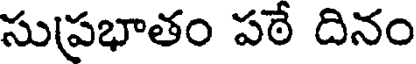
సుప్రభాతం పఠే దినం